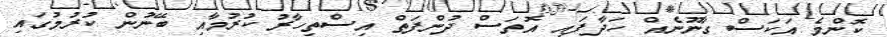
ކޮންމެ އަކަސް ގާނޫނެއް ހަދާފައި އޮތަސް ދުންފަތް އިސްތިހާރު ކުރުމާއި ބޭނުން ކުރުމުގައި